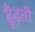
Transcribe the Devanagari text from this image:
ढूँढ़ती